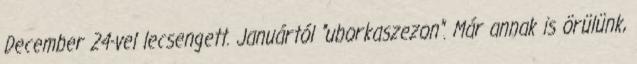
December 24-vel lecsengett. Januártól "uborkaszezon". Már annak is örülünk,